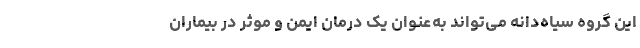
این گروه سیاه‌دانه می‌تواند به‌عنوان یک درمان ایمن و موثر در بیماران